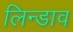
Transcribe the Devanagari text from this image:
लिन्डाव